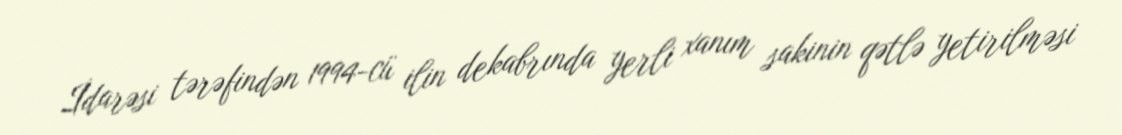
İdarəsi tərəfindən 1994-cü ilin dekabrında yerli xanım sakinin qətlə yetirilməsi